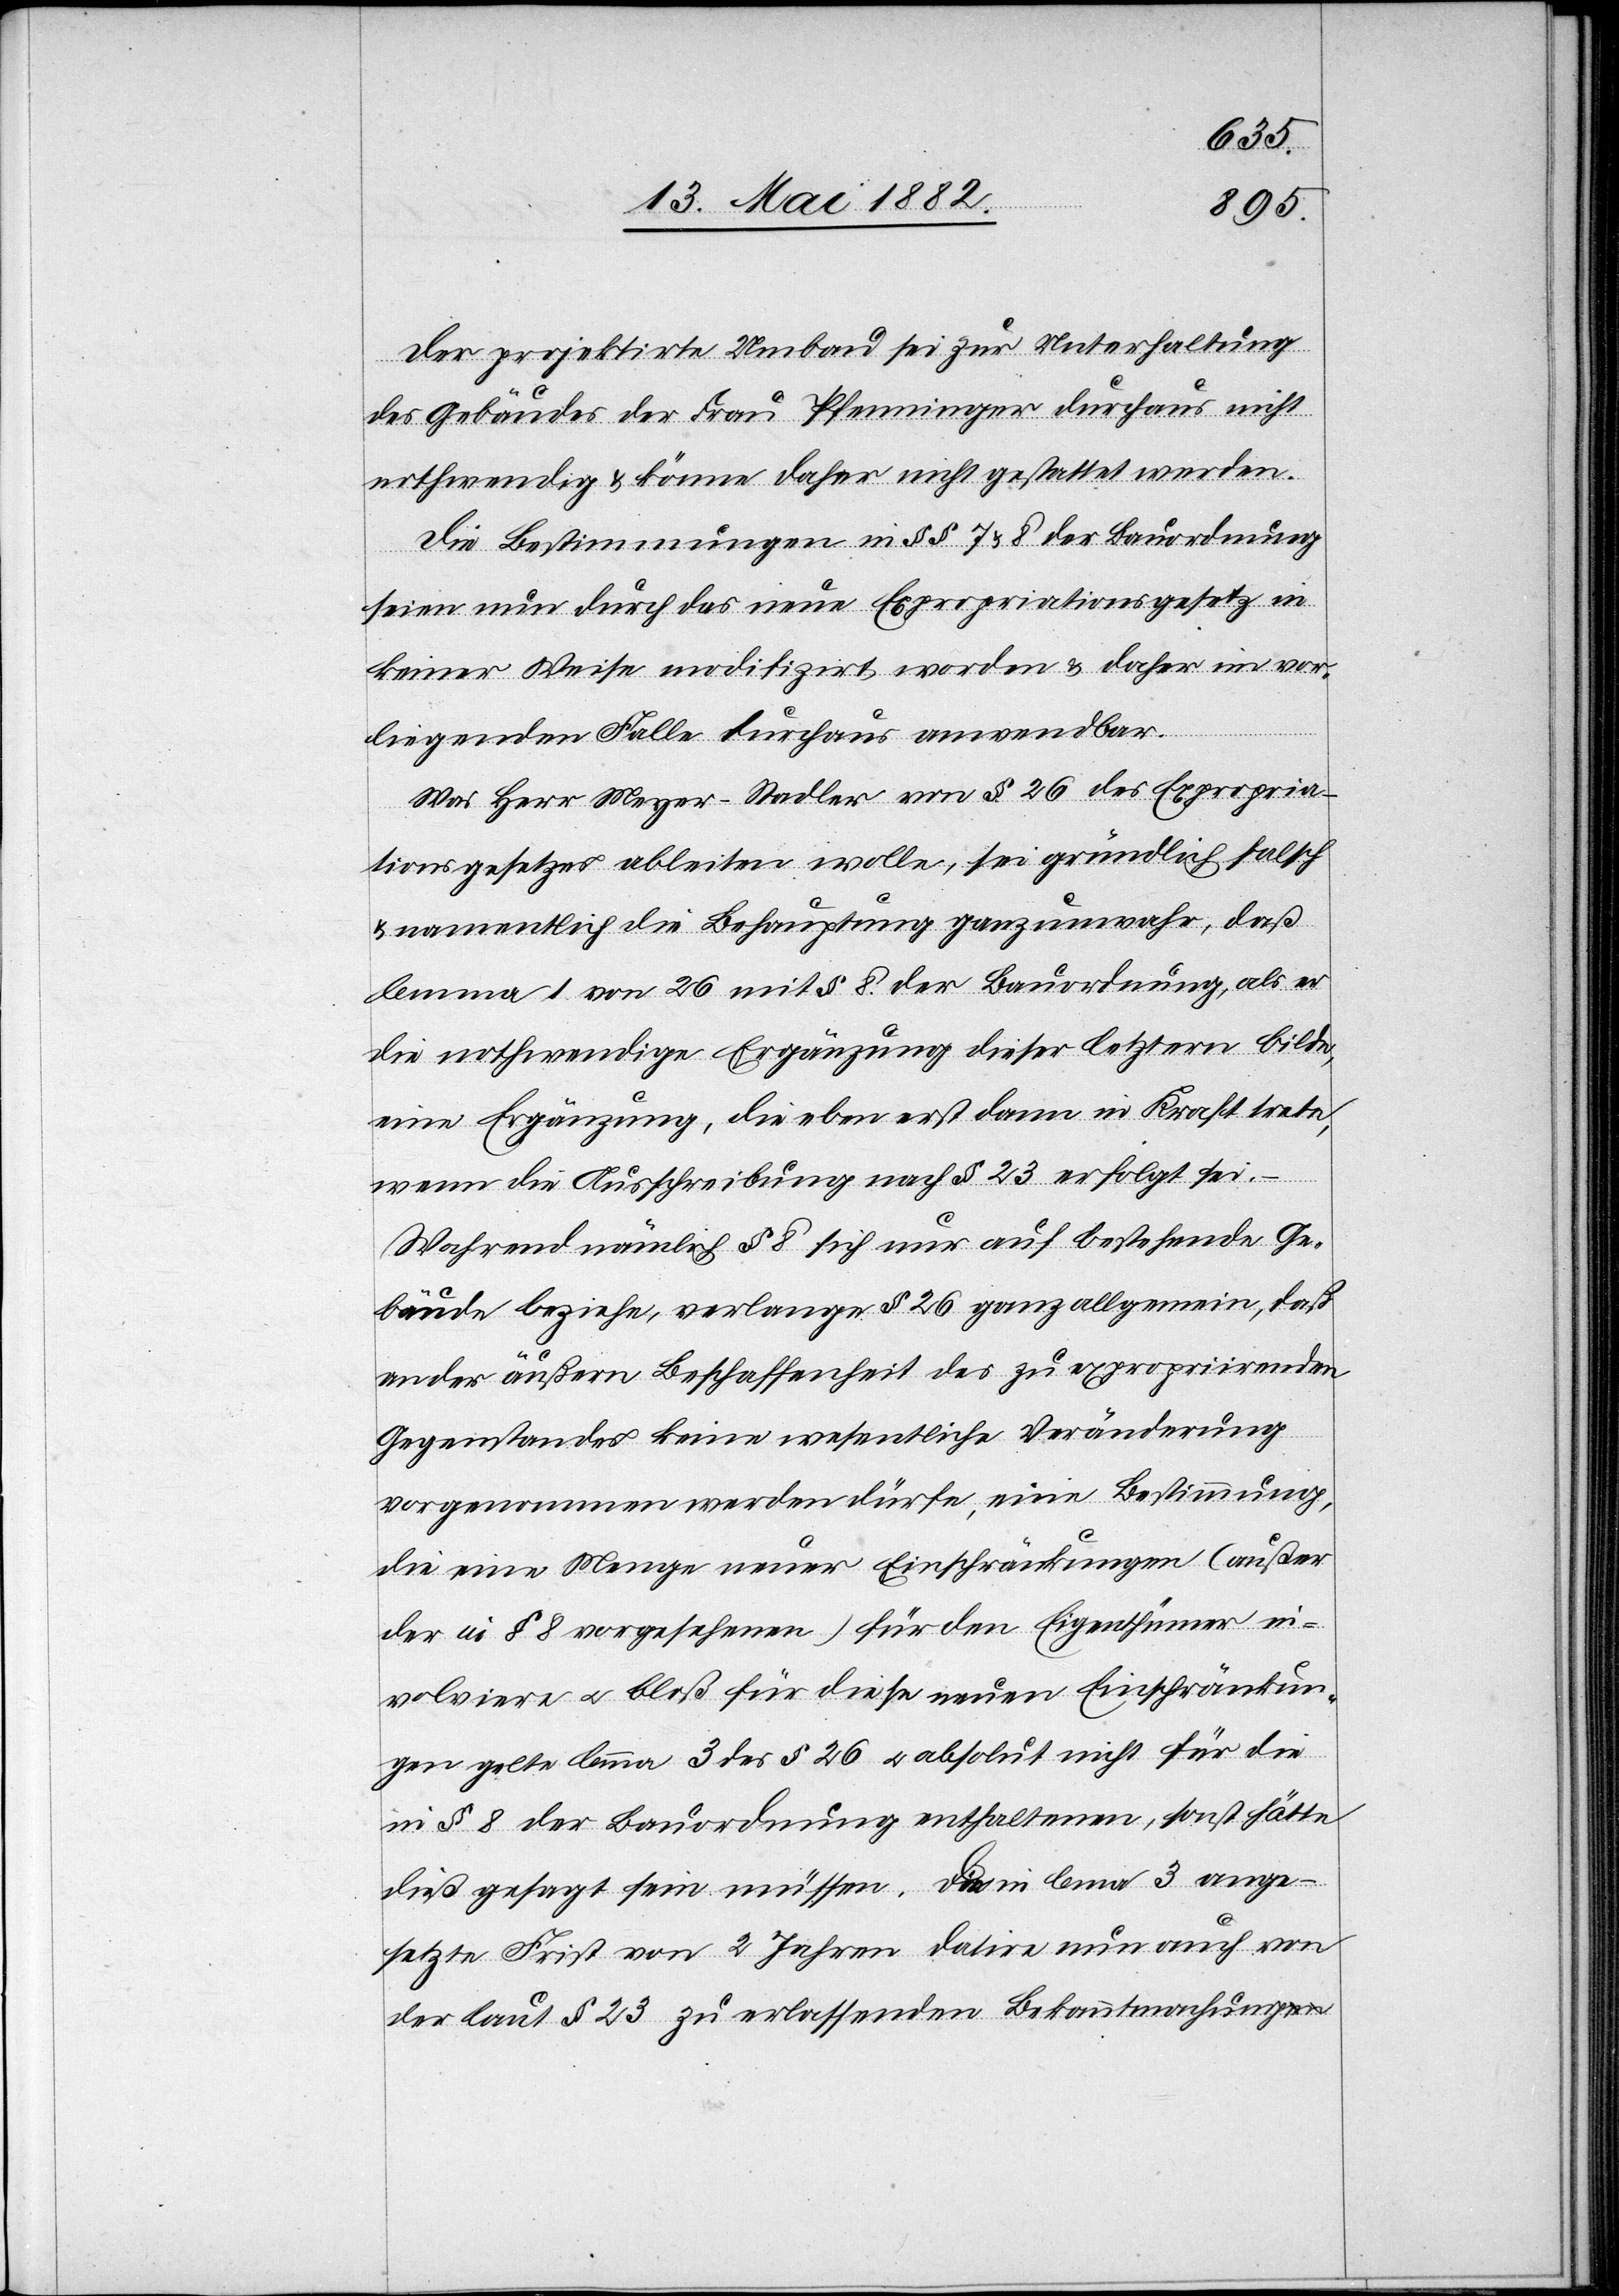
Der projektirte Umbau sei zur Unterhaltung
des Gebäudes der Frau Pfenninger durchaus nicht
nothwendig & könne daher nicht gestattet werden.
Die Bestimmungen in §§ 7 & 8 der Bauordnung
seien nun durch das neue Expropriationsgesetz in
keiner Weise modifizirt worden & daher im vor¬
liegenden Falle durchaus anwendbar.
Was Herr Meyer-Stadler von § 26 des Expropria¬
tionsgesetzes ableiten wolle, sei gründlich falsch
& namentlich die Behauptung ganz unwahr, daß
lemma 1 von 26 mit § 8 der Bauordnung, als er
die nothwendige Ergänzung dieser letztern bilde,
eine Ergänzung, die eben erst dann in Kraft trete,
wenn die Ausschreibung nach § 23 erfolgt sei
Während nämlich § 8 sich nur auf bestehende Ge¬
bäude beziehe, verlange § 26 ganz allgemein, daß
an der äußern Beschaffenheit des zu expropriirenden
Gegenstandes keine wesentliche Veränderung
vorgenommen werden dürfe, eine Bestimmung,
die eine Menge neuer Einschränkungen (außer
der in § 8 vorgesehenen) für den Eigenthümer in¬
volviere u. bloß für diese neuen Einschränkun¬
gen gelte lemma 3 des § 26 u. absolut nicht für die
in § 8 der Bauordnung enthaltenen, sonst hätte
dieß gesagt sein müssen. Die in lemma 3 ange¬
setzte Frist von 2 Jahren datire nun auch von
der laut § 23 zu erlassenden Bekanntmachung